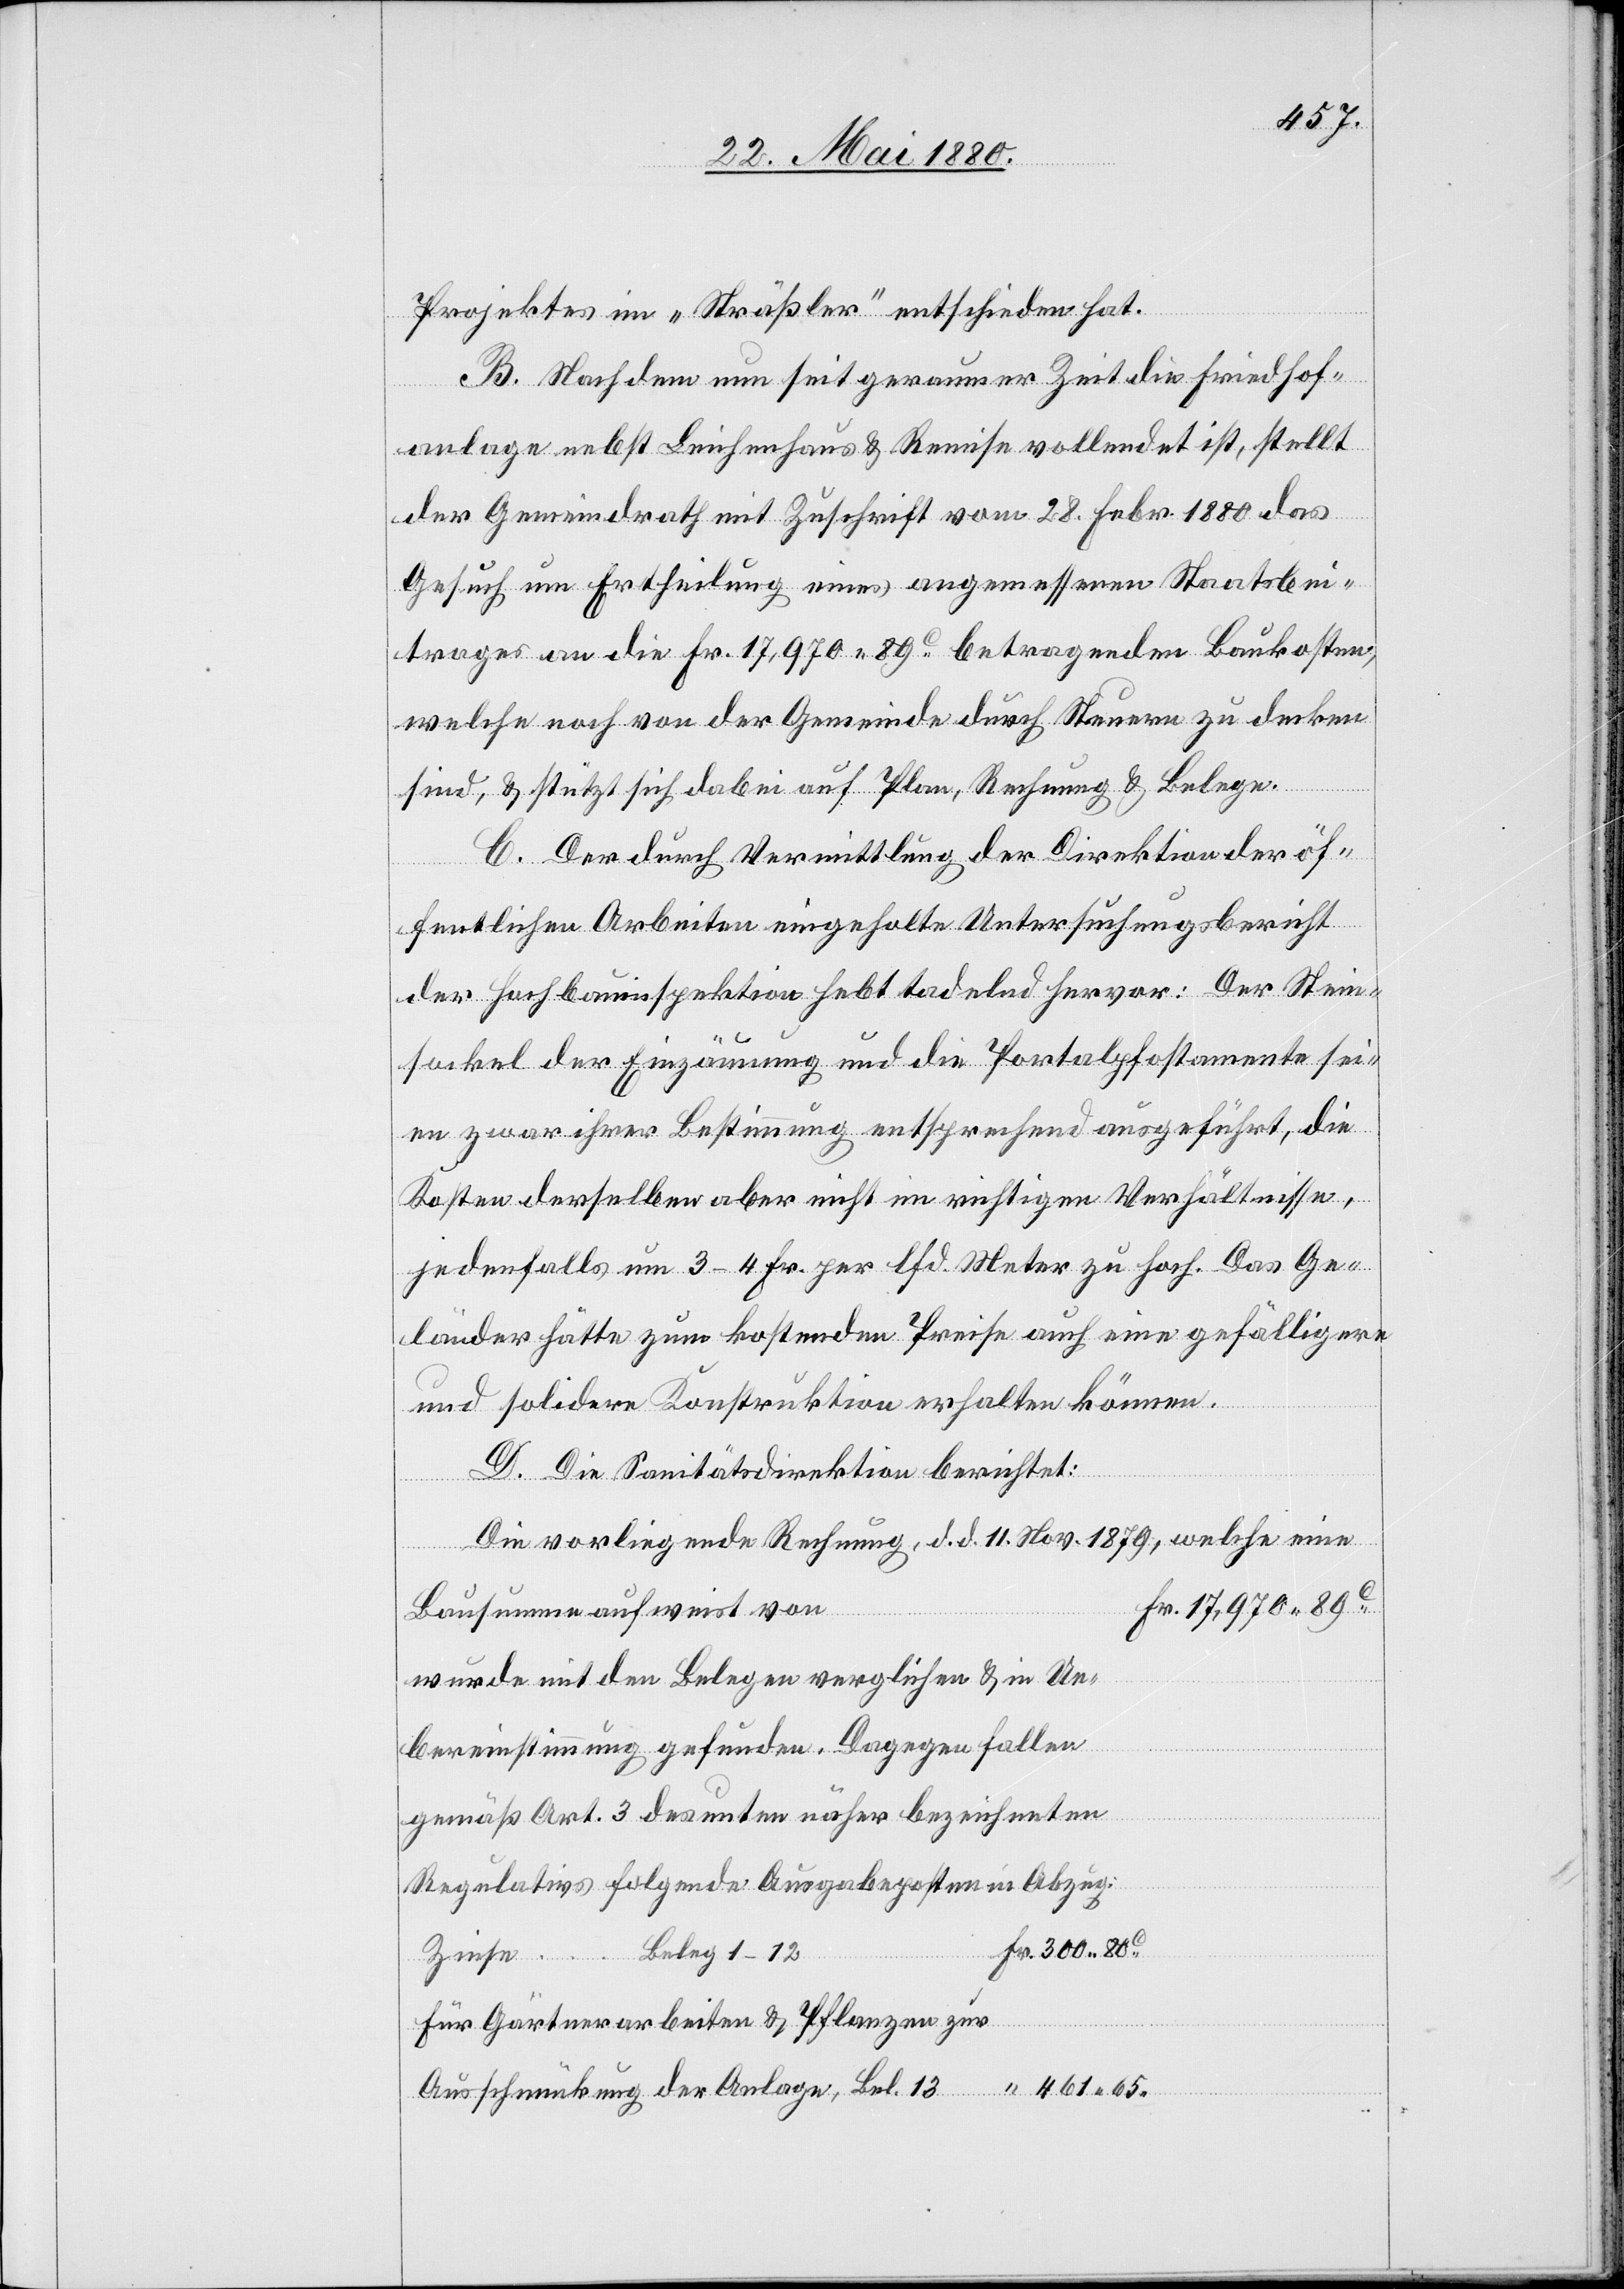
Projektes im „Sträßler“ entschieden hat.
B. Nachdem nun seit geraumer Zeit die Friedhof¬
anlage nebst Leichenhaus & Remise vollendet ist, stellt
der Gemeindrath mit Zuschrift vom 28. Febr. 1880 das
Gesuch um Ertheilung eines angemessenen Staatsbei¬
trages an die Fr. 17,870. 89.c betragenden Baukosten,
welche noch von der Gemeinde durch Steuern zu decken
sind, & stützt sich dabei auf Plan, Rechnung & Belege.
C. Der durch Vermittlung der Direktion der öf¬
fentlichen Arbeiten eingeholte Untersuchungsbericht
der Hochbauinspektion hebt tadelnd hervor: Der Stein¬
sockel der Einzäumung und die Portalpfostamente sei¬
en zwar ihrer Bestimmung entsprechend ausgeführt, die
Kosten derselben aber nicht im richtigen Verhältnisse,
jedenfalls um 3–4 Fr. per lfd. Meter zu hoch. Das Ge¬
länder hätte zum kostenden Preise auch eine gefälligere
und solidere Konstruktion erhalten können.
D. Die Sanitätsdirektion berichtet:
Die vorliegende Rechnung, d. d. 11. Nov. 1879, welche eine
Bel.
Bausumme aufweist von
wurde mit den Belegen verglichen & in Ue¬
13
bereinstimmung gefunden. Dagegen fallen
gemäß Art. 3 des unten näher bezeichneten
Regulativs folgende Ausgabeposten in Abzug:
Beleg 1–12
65.
461.
Für Gärtnerarbeiten & Pflanzen zur